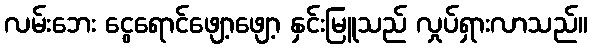
လမ်းဘေး ငွေရောင်ဖျော့ဖျော့ နှင်းမြူသည် လှုပ်ရှားလာသည်။